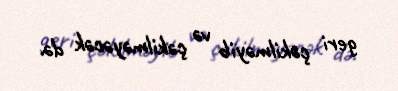
geri çəkilməyib və çəkilməyəcək də.